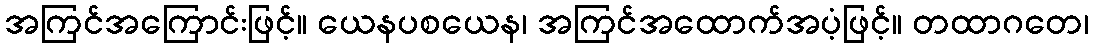
အကြင်အကြောင်းဖြင့်။ ယေနပစယေန၊ အကြင်အထောက်အပံ့ဖြင့်။ တထာဂတေ၊